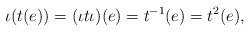
LaTeX: \begin{align*}\iota ( t (e) ) = (\iota t \iota ) ( e ) = t^{-1} ( e ) =t^2 ( e ) ,\end{align*}